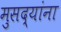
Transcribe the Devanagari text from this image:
मुसद्यांना